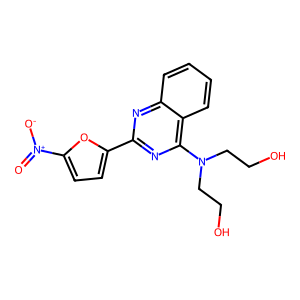
SMILES: O=[N+]([O-])c1ccc(-c2nc(N(CCO)CCO)c3ccccc3n2)o1
Inhibits HIV replication: No